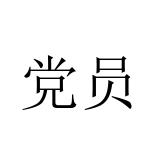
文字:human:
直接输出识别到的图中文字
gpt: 党员